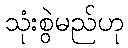
သုံးစွဲမည်ဟု